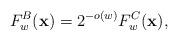
LaTeX: \begin{align*}F_w^B(\mathbf{x}) = 2^{-o(w)} F_w^C(\mathbf{x}),\end{align*}